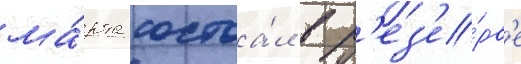
ма́рта состоа́л в р'ез'е́рв'е